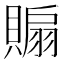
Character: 𧷘